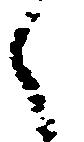
之